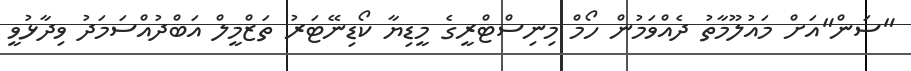
"ސަން"އަށް މައުލޫމާތު ދެއްވަމުން ހޯމް މިނިސްޓްރީގެ މީޑިޔާ ކޯޑިނޭޓަރު ތަޒްމީލް އަބްދުއްސަމަދު ވިދާޅުވީ